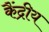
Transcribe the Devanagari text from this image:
कैंद्रीय